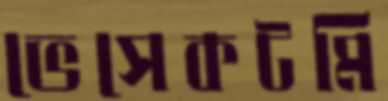
ভেসেকটমি